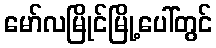
မော်လမြိုင်မြို့ပေါ်တွင်